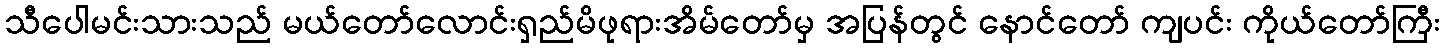
သီပေါမင်းသားသည် မယ်တော်လောင်းရှည်မိဖုရားအိမ်တော်မှ အပြန်တွင် နောင်တော် ကျပင်း ကိုယ်တော်ကြီး